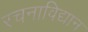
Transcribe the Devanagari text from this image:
रचनाविद्यान